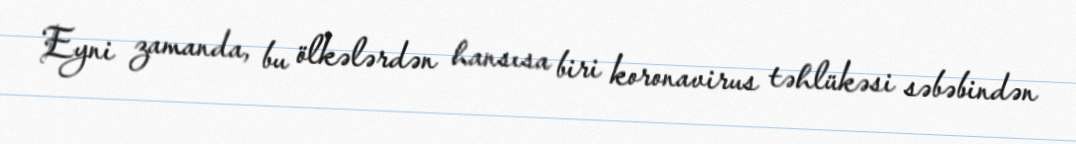
Eyni zamanda, bu ölkələrdən hansısa biri koronavirus təhlükəsi səbəbindən